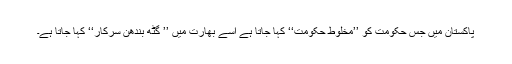
پاکستان میں جس حکومت کو ’’مخلوط حکومت‘‘ کہا جاتا ہے اُسے بھارت میں ’’ گٹھ بندھن سرکار‘‘ کہا جاتا ہے۔